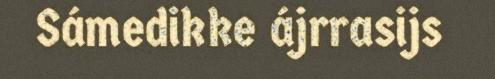
Sámedikke ájrrasijs